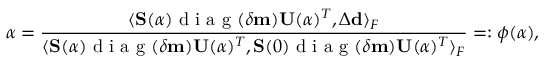
\alpha = \frac { \langle \mathbf { S } ( \alpha ) \mathrm { ~ d ~ i ~ a ~ g ~ } ( \delta \mathbf { m } ) \mathbf { U } ( \alpha ) ^ { T } , \Delta \mathbf { d } \rangle _ { F } } { \langle \mathbf { S } ( \alpha ) \mathrm { ~ d ~ i ~ a ~ g ~ } ( \delta \mathbf { m } ) \mathbf { U } ( \alpha ) ^ { T } , \mathbf { S } ( 0 ) \mathrm { ~ d ~ i ~ a ~ g ~ } ( \delta \mathbf { m } ) \mathbf { U } ( \alpha ) ^ { T } \rangle _ { F } } = : \phi ( \alpha ) ,